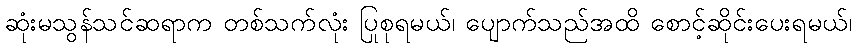
ဆုံးမသွန်သင်ဆရာက တစ်သက်လုံး ပြုစုရမယ်၊ ပျောက်သည်အထိ စောင့်ဆိုင်းပေးရမယ်၊